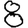
Digit: 8